Madras plague regulations in force outside the Presidency town - Volume 2
Disease focus: Plague
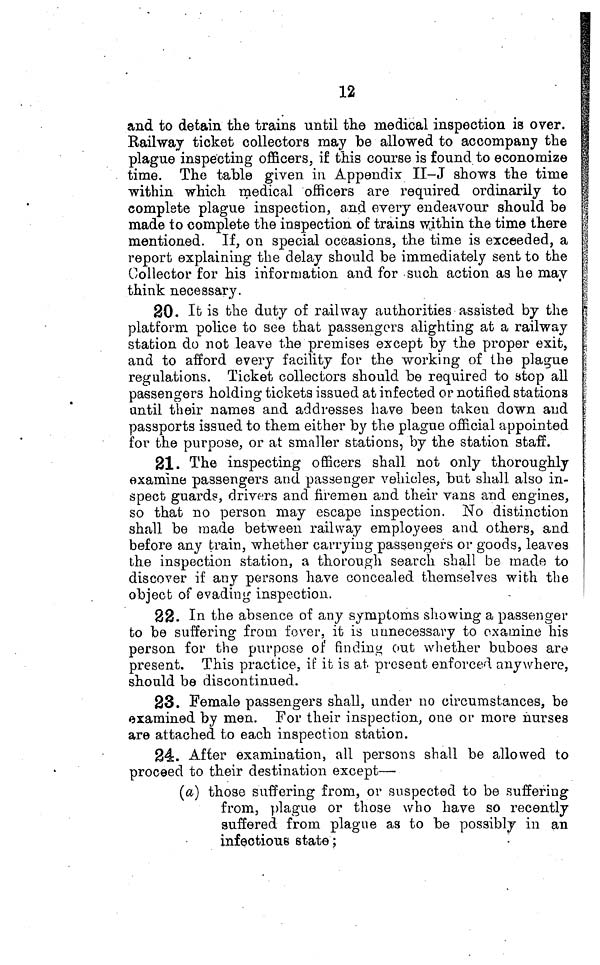
12
and to detain the trains until the medical inspection is over.
Railway ticket collectors may be allowed to accompany the
plague inspecting officers, if this course is found to economize
time. The table given in Appendix II-J shows the time
within which medical officers are required ordinarily to
complete plague inspection, and every endeavour should be
made to complete the inspection of trains within the time there
mentioned. If, on special occasions, the time is exceeded, a
report explaining the delay should be immediately sent to the
Collector for his information and for such action as he may
think necessary.
20. It is the duty of railway authorities assisted by the
platform police to see that passengers alighting at a railway
station do not leave the premises except by the proper exit,
and to afford every facility for the working of the plague
regulations. Ticket collectors should, be required to stop all
passengers holding tickets issued at infected or notified stations
until their names and addresses have been taken down and
passports issued to them either by the plague official appointed
for the purpose, or at smaller stations, by the station staff.
21. The inspecting officers shall not only thoroughly
examine passengers and passenger vehicles, but shall also in-
spect guards, drivers and firemen and their vans and engines,
so that no person may escape inspection. No distinction
shall be made between railway employees and others, and
before any train, whether carrying passengers or goods, leaves
the inspection station, a thorough search shall be made to
discover if any persons have concealed themselves with the
object of evading inspection.
22. In the absence of any symptoms showing a passenger
to be suffering from fever, it is unnecessary to examine his
person for the purpose of finding out whether buboes are
present. This practice, if it is at present enforced anywhere,
should be discontinued.
23. Female passengers shall, under no circumstances, be
examined by men. For their inspection, one or more nurses
are attached to each inspection station.
24. After examination, all persons shall be allowed to
proceed to their destination except—
(a) those suffering from, or suspected to be suffering
from, plague or those who have so recently
suffered from plague as to be possibly in an
infectious state ;